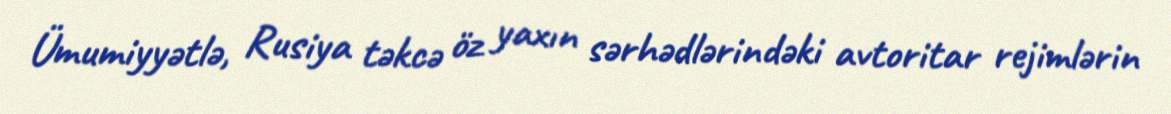
Ümumiyyətlə, Rusiya təkcə öz yaxın sərhədlərindəki avtoritar rejimlərin